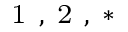
^ { \mathrm { ~ 1 ~ , ~ 2 ~ , ~ * ~ } }